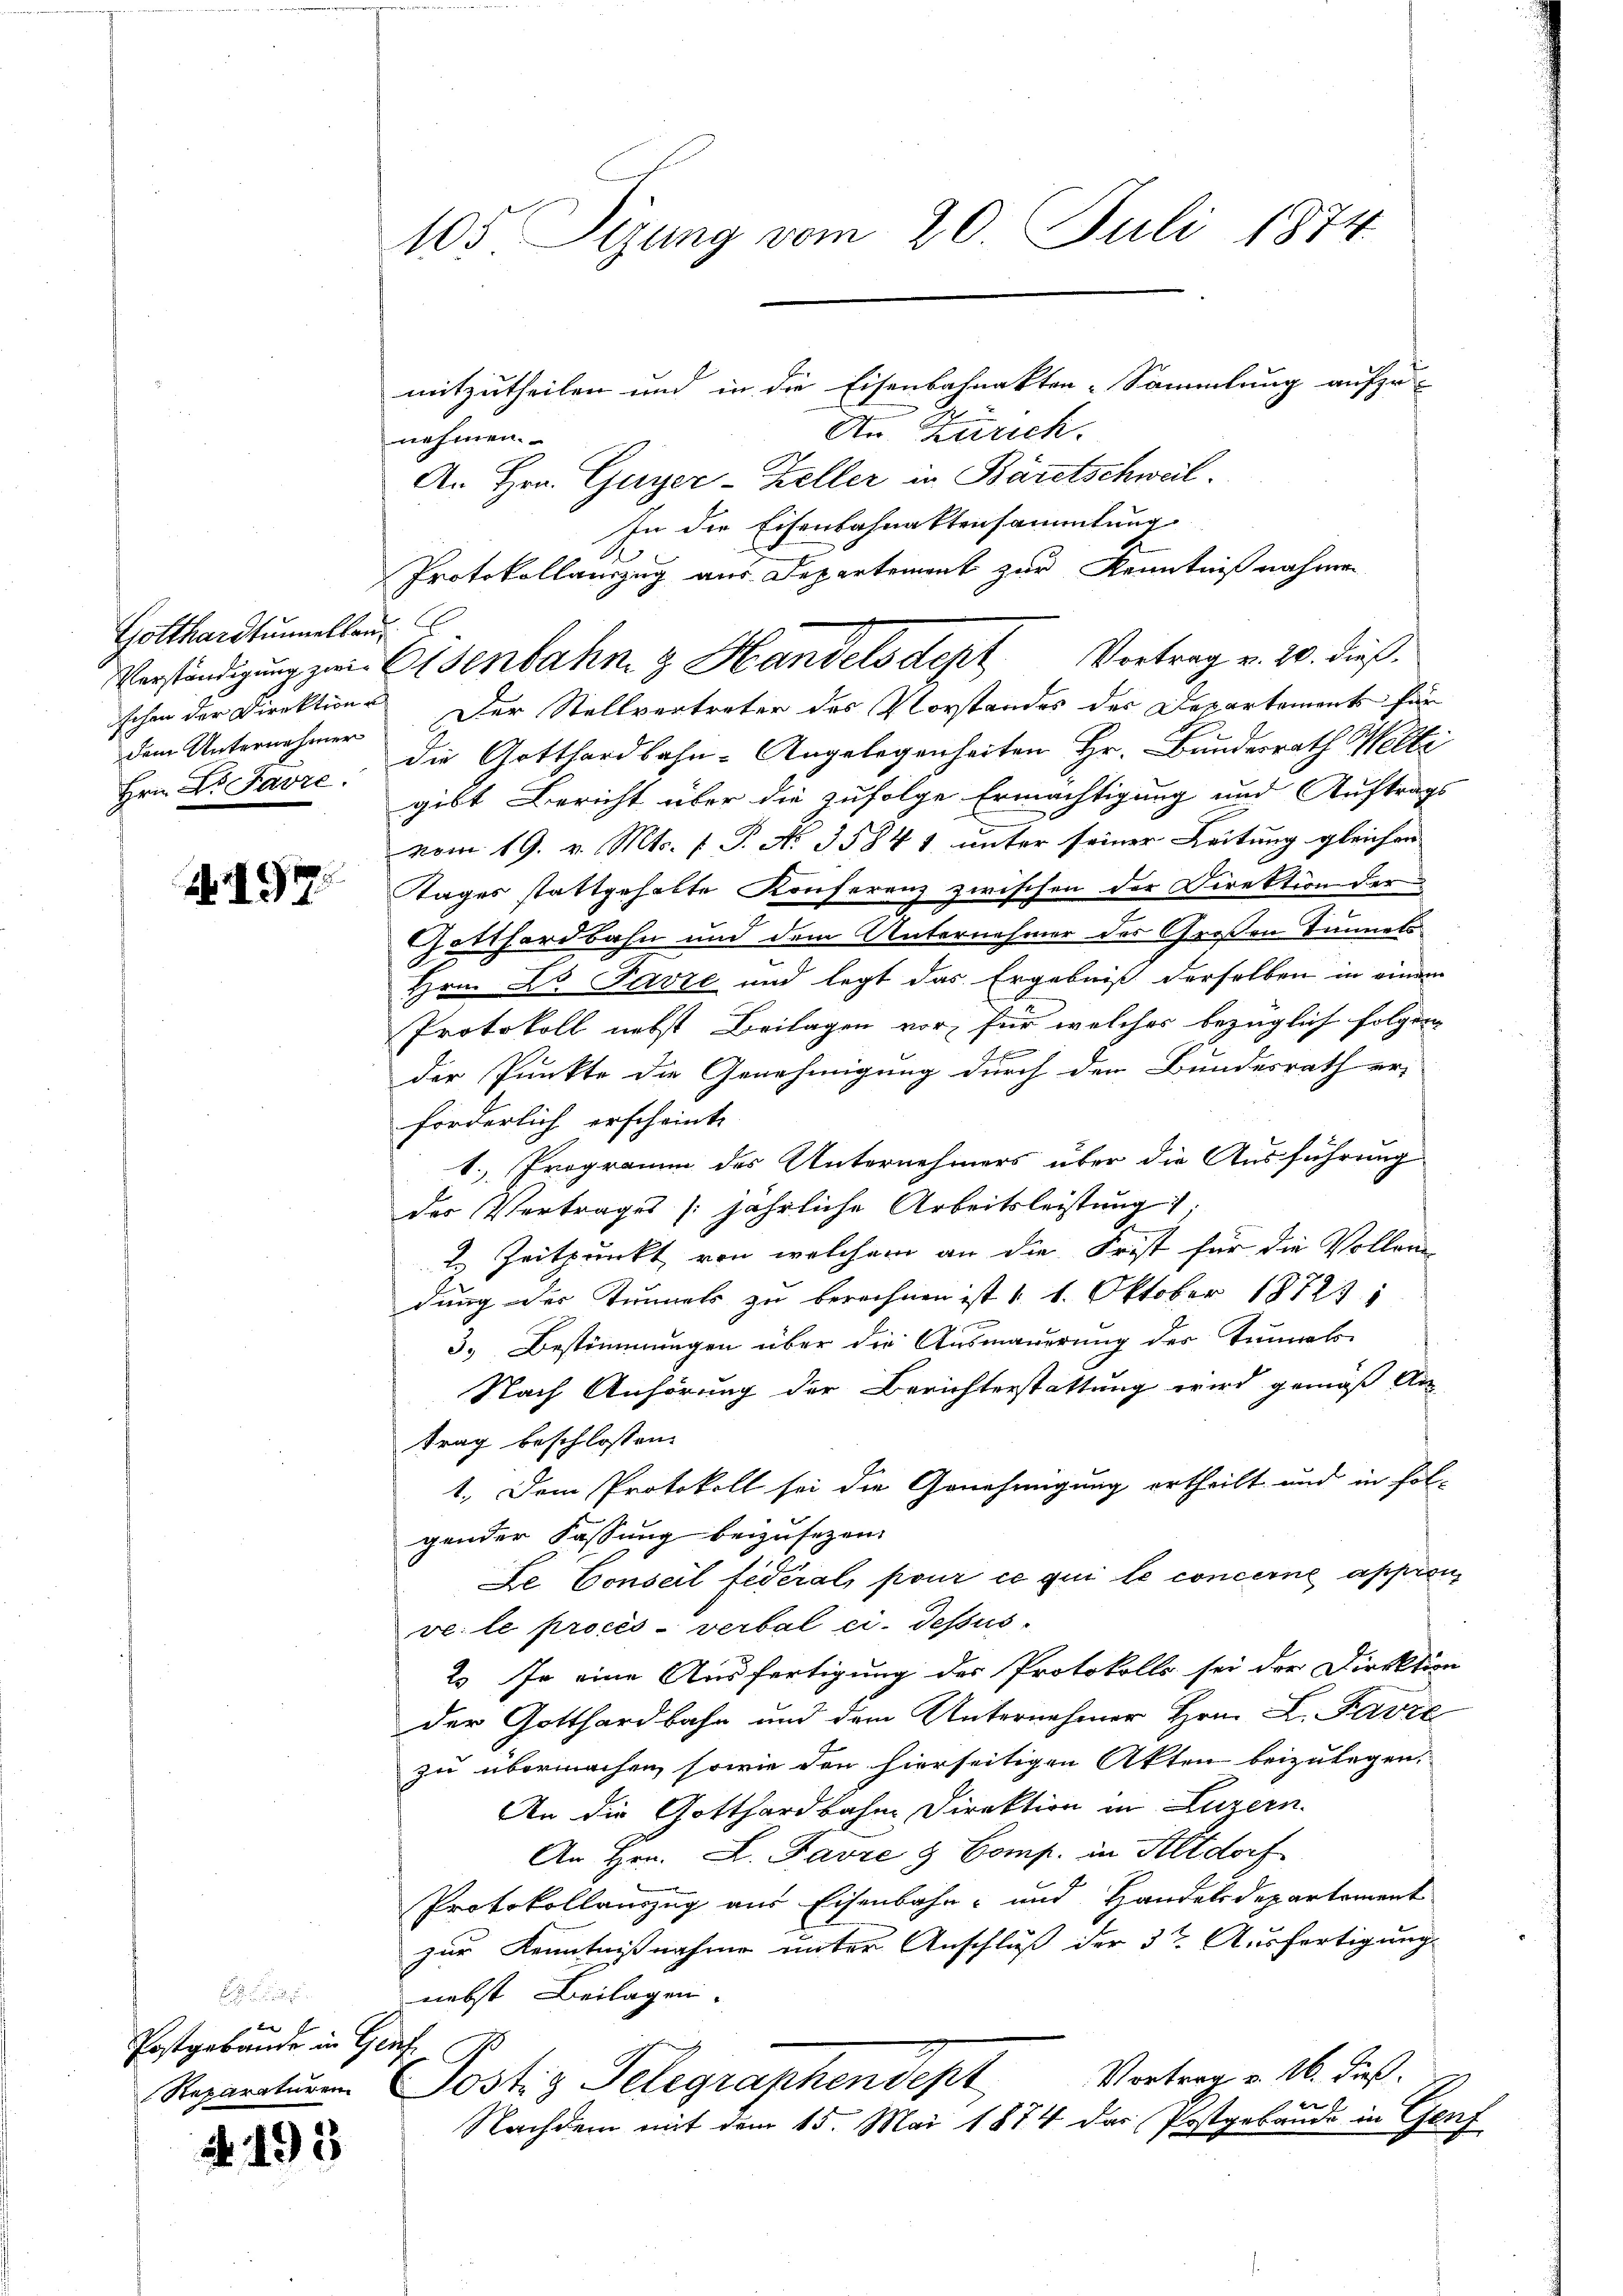
Gotthardtunnelland
dem Unternehmer

A197.

x
Postgebäude in Genf

4. 193

105 Tigung vom 20. Juli 1874
mitzutheilen und in die Eisenbahnakten-Sammlung aufzu-
Du Zürich.
nehmen.
An Hrn. Guyer-Zeller in Bäretschweil.

In die Eisenbahnaktensammlung
Protokollauszug aus Departement zur Kenntnißnahmen
Verständigŭng zur Eisenbahn & Handelsdept Vortrag v. 20. dieß.
schen der Direktion. Der Stellvertreter des Vorstandes des Departement für
Hrn. Dr. Favre, die Gotthardbahn-Angelegenheiten Hr. Bundesrath Welti
gibt Bericht über die zufolge Ermächtigung und Auftrags
vom 19. v. Mts. f. P. No. 35841 unter seiner Leitung gleichen
Tages stattgehalte Konferenz zwischen der Direktion der
Gotthardbahn und dem Unternehmer des Großen Tunnels
Hrn. Dr Parze und legt das Ergebniß derselben in einem
Protokoll nebst Beilagen vor, für welches bezüglich folgen
unnern einge
h
der Punkte die Genehmigung durch den Bundesrath er-
forderlich erscheint.
1. Programm des Unternehmers über die Ausführung
der Vertrages /:jährliche Arbeitsleistung;
2
2. Zeitpunkt von welchem an die Frist für die Vollen-
dung der Tunnels zu berechnen ist d. 1. Oktober 18721:
3. Bestimmungen über die Ausmauerung der Teimels¬
Nach Anhörung der Berichterstattung wird gemäß An
trag beschlossen:
1. Dem Protokoll sei die Genehmigung ertheilt und in fol-
gender Fassung beizusezen.
Le Conseil fédéral, pour ce qui le concerne apprenve: le procès-verbal ci-dessus
2. In eine Ausfertigung des Protokolls sei der Direktion
der Gotthardbahn und dem Unternehmer Hrn. L. Favre
zu übermachen, sowie den hierseitigen Akten beizulegen.
An die Gotthardbahne Direktion in Luzern.
An Hrn. L. Favre & Comp. in Altdorf
Protokollauszug aus Eisenbahn- und Handelsdepartement
zur Kenntnißnahme unter Anschluß der 3t Ausfertigung
nebst Beilagen.
Vortrag v. 26. dieß.
Reparatur. Postiz Telegraphendept
Nachdem mit dem 15. Mai 1874 das Postgebäude in Genf